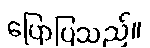
ပြောပြသည်။